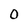
Character: 0